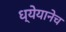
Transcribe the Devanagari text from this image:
ध्येयानेच